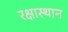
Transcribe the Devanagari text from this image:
रक्षास्थान